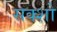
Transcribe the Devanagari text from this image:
सक्शो